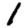
Digit: 1